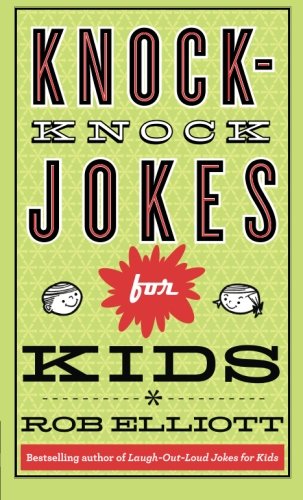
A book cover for Knock-Knock Jokes for Kids; Rob Elliott; Children's Books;